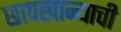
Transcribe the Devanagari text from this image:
छापखान्याची